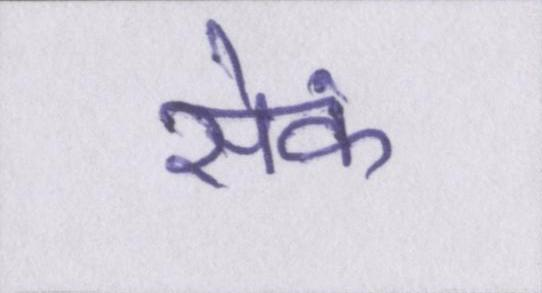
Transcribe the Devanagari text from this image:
सेंक